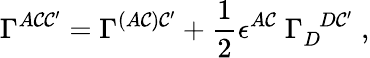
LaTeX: \Gamma^{A\mathcal{C}\mathcal{C}^{\prime}}=\Gamma^{(A\mathcal{C})\mathcal{C}^{\prime}}+{\frac{{1}}{{2}}}\epsilon^{A\mathcal{C}}\; \Gamma_{D}^{\; \; D\mathcal{C}^{\prime}}\; ,